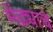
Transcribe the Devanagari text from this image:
मेंढ्याचे